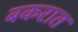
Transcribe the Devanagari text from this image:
बकरात